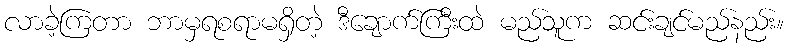
လာခဲ့ကြတာ ဘာမှရစရာမရှိတဲ့ ဒီချောက်ကြီးထဲ မည်သူက ဆင်းချင်မည်နည်း။